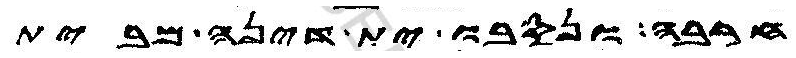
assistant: חרבה ונסבו ית דינה מבית